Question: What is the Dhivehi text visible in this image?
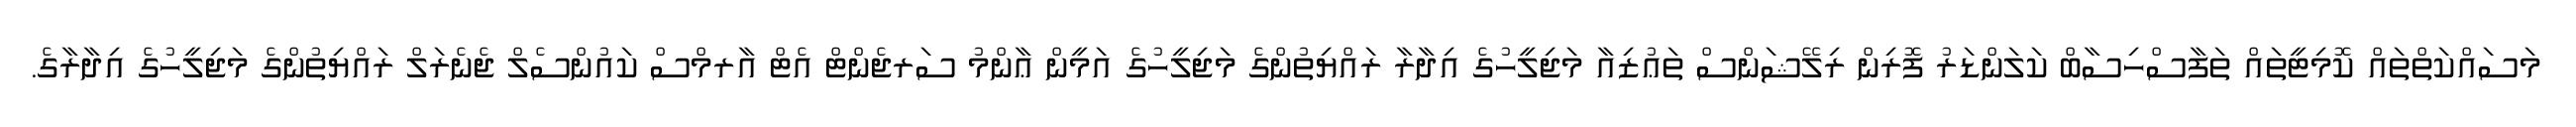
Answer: މަސައްކަތްތައް ކޮމިޓީތައް ތަފާސްހިސާބް ކަލަންޑަރު ފޮރިން ރިލޭޝަންސް ތަޢުޒިއާ މަޖިލީހުގެ އިދާރާ ރައްޔިތުންގެ މަޖިލީހުގެ އަމީން ޢާންމު ސަރޖެންޓް އެޓް އާރމްސް ކައުންސެލް ޖެނެރަލް ރައްޔިތުންގެ މަޖިލީހުގެ އިދާރާގެ.